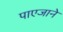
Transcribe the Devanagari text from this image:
पाएजाने